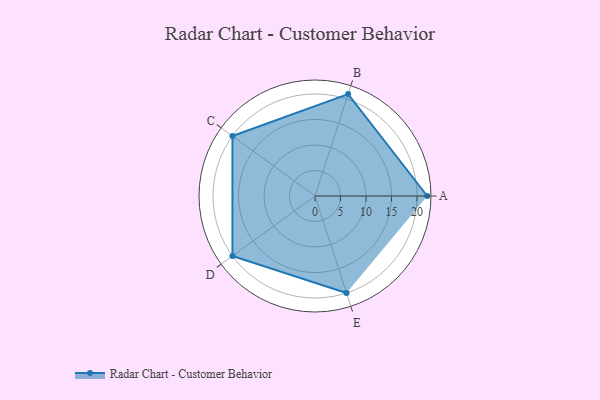
{"axis": {"x": "Skill", "y": "Score"}, "legend": ["Profile"], "data": [{"x": "A", "y": 22.0, "type": "Profile"}, {"x": "B", "y": 21.0, "type": "Profile"}, {"x": "C", "y": 20, "type": "Profile"}, {"x": "D", "y": 20, "type": "Profile"}, {"x": "E", "y": 20, "type": "Profile"}]}